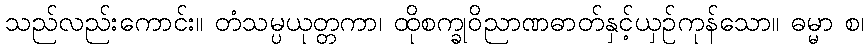
သည်လည်းကောင်း။ တံသမ္ပယုတ္တကာ၊ ထိုစက္ခုဝိညာဏဓာတ်နှင့်ယှဉ်ကုန်သော။ ဓမ္မာ စ၊